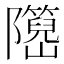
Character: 𬯤